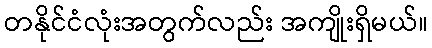
တနိုင်ငံလုံးအတွက်လည်း အကျိုးရှိမယ်။